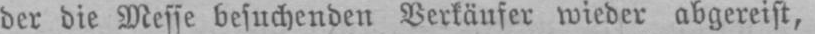
der die Messe besuchenden Verkäufer wieder abgereist,